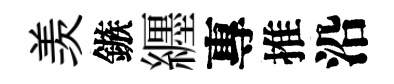
羡鏃纒專推沿